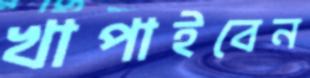
খাপাইবেন